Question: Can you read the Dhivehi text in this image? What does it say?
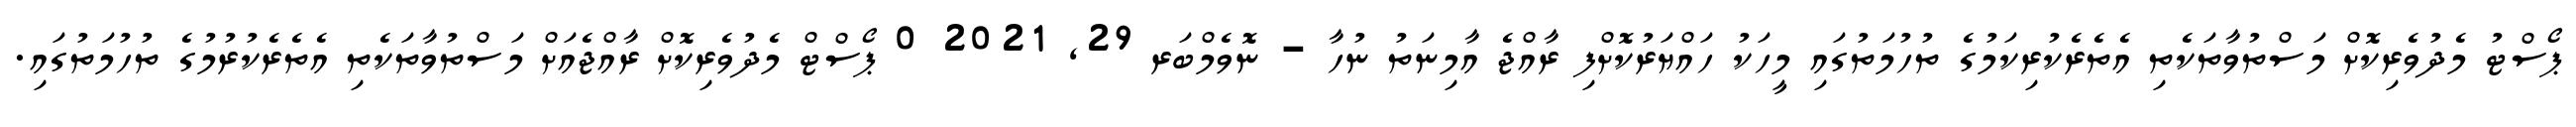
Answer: ޕޯސްޓު މެދުވެރިކޮށް މަސްތުވާތަކެތި އެތެރެކުރިކަމުގެ ތުހުމަތުގައި މީހަކު ހައްޔަރުކޮށްފި ރާއްޖެ އާމިނަތު ނުހާ - ނޮވެމްބަރ 29, 2021 0 ޕޯސްޓް މެދުވެރިކޮށް ރާއްޖެއަށް މަސްތުވާތަކެތި އެތެރެކުރުމުގެ ތުހުމަތުގައި.